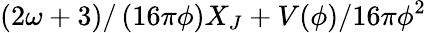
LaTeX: \left({2\omega+3}\right)/\left({16\pi\phi}\right)X_{J}+{V(\phi)}/{16\pi\phi^{2}}